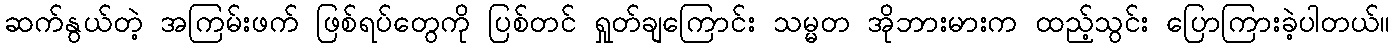
ဆက်နွယ်တဲ့ အကြမ်းဖက် ဖြစ်ရပ်တွေကို ပြစ်တင် ရှုတ်ချကြောင်း သမ္မတ အိုဘားမားက ထည့်သွင်း ပြောကြားခဲ့ပါတယ်။